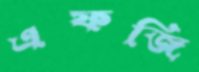
এফজি